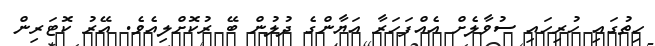
ހިތުގައި ހުރިހައި ސުވާލެށް އެއްފަހަރާ އަޔާންގެ ދުލުން ބޭ ރުކޮށްލިއެވެ. އޭރު ކޮޓަރިން